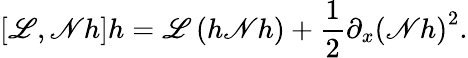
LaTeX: \left[\mathscr{L},\mathscr{N}h\right]h=\mathscr{L}\left(h\mathscr{N}h\right)+\frac{1}{2}\partial_{x}\left(\mathscr{N}h\right)^{2}.